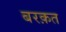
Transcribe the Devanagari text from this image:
बरक़त